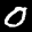
Label: 0